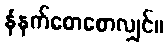
နံနက်စောစောလျှင်။